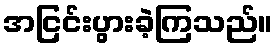
အငြင်းပွားခဲ့ကြသည်။